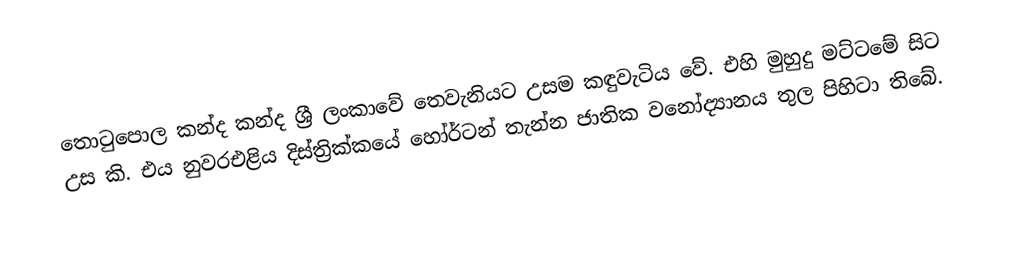
තොටුපොල කන්ද කන්ද ශ්‍රී ලංකාවේ තෙවැනියට උසම කඳුවැටිය වේ. එහි මුහුදු මට්ටමේ සිට උස  කි. එය නුවරඑළිය දිස්ත්‍රික්කයේ හෝර්ටන් තැන්න ජාතික වනෝද්‍යානය තුල පිහිටා තිබේ.